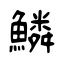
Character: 鱗